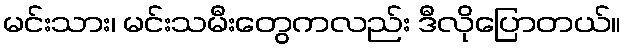
မင်းသား၊ မင်းသမီးတွေကလည်း ဒီလိုပြောတယ်။